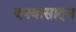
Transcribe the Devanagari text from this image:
वनवासातून